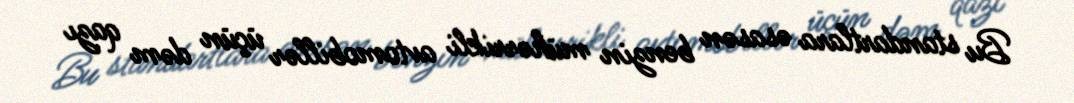
Bu standartlara əsasən benzin mühərrikli avtomobillər üçün dəm qazı